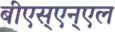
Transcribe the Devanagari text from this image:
बीएस्‌एन्‌एल